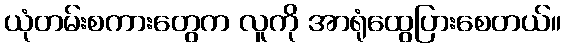
ယုံတမ်းစကားတွေက လူကို အာရုံထွေပြားစေတယ်။